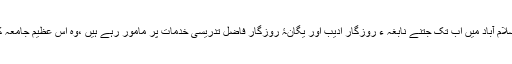
علامہ اقبال اوپن یونیورسٹی،اسلام آباد میں اب تک جتنے نابغہ ء روزگار ادیب اور یگانۂ روزگار فاضل تدریسی خدمات پر مامور رہے ہیں ،وہ اس عظیم جامعہ کا بہت بڑا اعزاز و امتیاز ہے۔